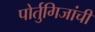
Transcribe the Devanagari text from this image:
पोर्तुगिजांची